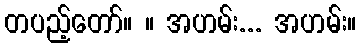
တပည့်တော်။ ။ အဟမ်း... အဟမ်း။